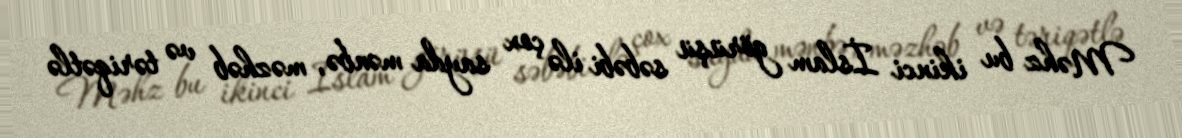
Məhz bu ikinci İslam görüşü səbəbi ilə çox sayda mənbə, məzhəb və təriqətlə